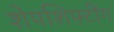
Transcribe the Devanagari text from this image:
शेपशिफ्टींग